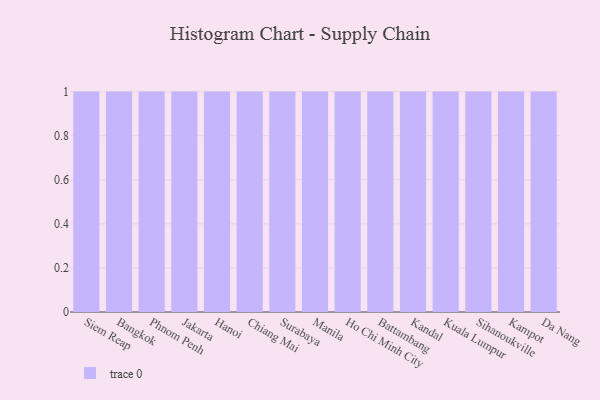
{"axis": {"x": "City", "y": "Gross Profit (USD K)"}, "legend": [""], "data": [{"x": "Siem Reap", "y": 47, "type": ""}, {"x": "Bangkok", "y": 15, "type": ""}, {"x": "Phnom Penh", "y": 73, "type": ""}, {"x": "Jakarta", "y": 45, "type": ""}, {"x": "Hanoi", "y": 69, "type": ""}, {"x": "Chiang Mai", "y": 99, "type": ""}, {"x": "Surabaya", "y": 60, "type": ""}, {"x": "Manila", "y": 22, "type": ""}, {"x": "Ho Chi Minh City", "y": 55, "type": ""}, {"x": "Battambang", "y": 68, "type": ""}, {"x": "Kandal", "y": 49, "type": ""}, {"x": "Kuala Lumpur", "y": 73, "type": ""}, {"x": "Sihanoukville", "y": 88, "type": ""}, {"x": "Kampot", "y": 79, "type": ""}, {"x": "Da Nang", "y": 58, "type": ""}]}